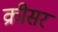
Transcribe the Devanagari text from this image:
क्रीसर